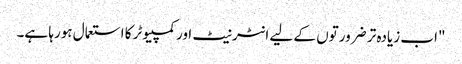
"اب زیادہ تر ضرورتوں کے لیے انٹرنیٹ اور کمپیوٹر کا استعمال ہورہا ہے۔